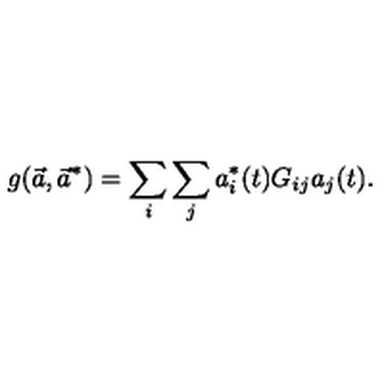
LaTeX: g ( \vec { a } , \vec { a } ^ { * } ) = \sum _ { i } \sum _ { j } a _ { i } ^ { * } ( t ) G _ { i j } a _ { j } ( t ) .